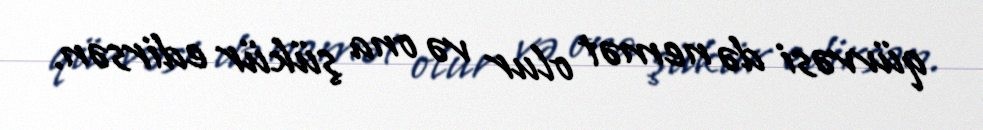
qüvvəsi də nemət olur və ona şükür edirsən.